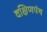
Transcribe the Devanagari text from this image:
दक्षिणपंथ